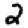
Digit: 2